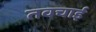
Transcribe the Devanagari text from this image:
तवचाई